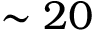
\sim 2 0